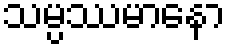
သမ္ပဿမာနော